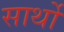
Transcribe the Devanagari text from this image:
सार्थो